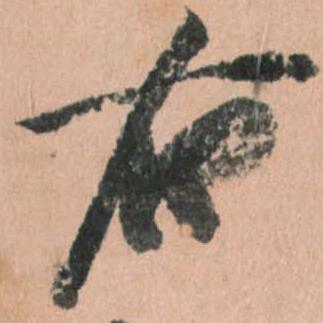
右